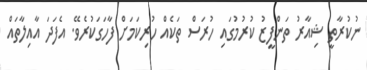
ނުކުރާތީ ޝިއާރު ތަންފީޒު ކުރުމުގައި ހުރަސް ތަކެއް ހުރިކަމަށް ފާހަގަކުރެވޭ. އެފަދަ އާއިލާތައް